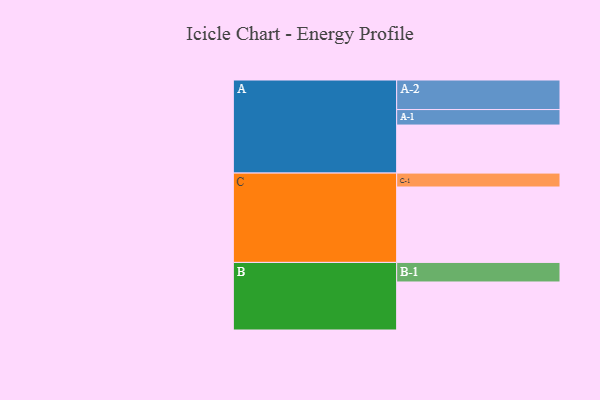
{"axis": {"x": "Segment", "y": "Value"}, "legend": ["", "A", "B", "C"], "data": [{"x": "A", "y": 307, "type": ""}, {"x": "B", "y": 307, "type": ""}, {"x": "C", "y": 482, "type": ""}, {"x": "A-1", "y": 99, "type": "A"}, {"x": "A-2", "y": 189, "type": "A"}, {"x": "B-1", "y": 125, "type": "B"}, {"x": "C-1", "y": 89, "type": "C"}]}